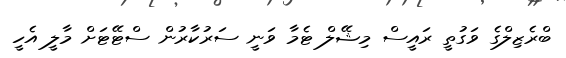
ބްރެޒިލްގެ ވަގުތީ ރައީސް މިޝޭލް ޓެމާ ވަނީ ސަރުކާރުން ސްޓޭޓަށް މާލީ އެހީ